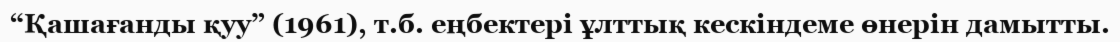
“Қашағанды қуу” (1961), т.б. еңбектері ұлттық кескіндеме өнерін дамытты.